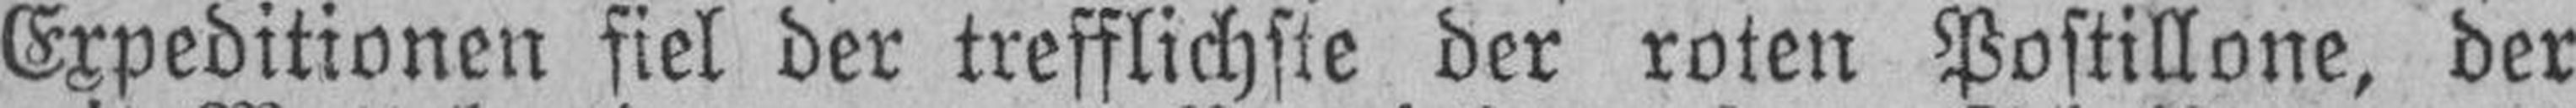
Expeditionen siel der trefflichste der roten Postillone, der